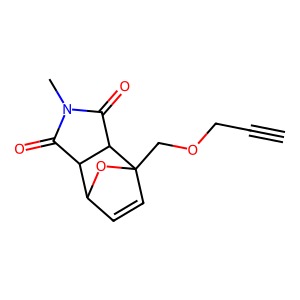
SMILES: C#CCOCC12C=CC(O1)C1C(=O)N(C)C(=O)C12
Inhibits HIV replication: No